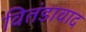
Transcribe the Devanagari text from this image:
वितंडावाद